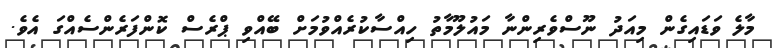
މާލެ ވަޑައިގެން މިއަދު ނޫސްވެރިންނާ މައުލޫމާތު ހިއްސާކުރެއްވުމަށް ބޭއްވި ޕްރެސް ކޮންފަރެންސެއްގަ އެވެ.